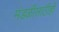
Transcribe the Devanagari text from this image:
मंडळींसाठीही